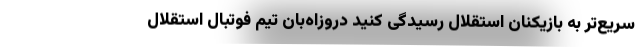
سریع‌تر به بازیکنان استقلال رسیدگی کنید دروزاه‌بان تیم فوتبال استقلال